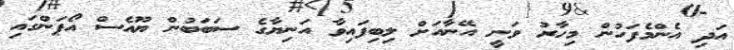
އަދި އެންމެފަހުން މިހާރު ވަނީ އޭނާއަށް ލިބިފައިވާ އަނިޔާގެ ސަބަބުން ޔޫއެސް އޯޕަންގައި